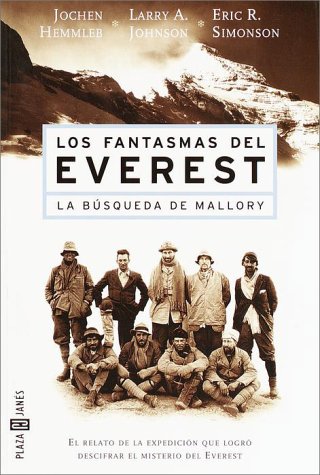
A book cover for Los Fantasmas del Everest: La Busqueda de Mallory (Spanish Edition); Jochen Hemmleb; Travel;